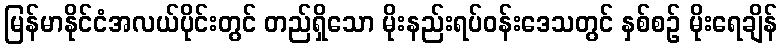
မြန်မာနိုင်ငံအလယ်ပိုင်းတွင် တည်ရှိသော မိုးနည်းရပ်ဝန်းဒေသတွင် နှစ်စဉ် မိုးရေချိန်